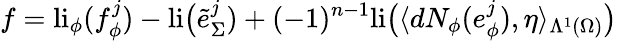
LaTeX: f=\mathrm{li}_{\phi}(f_{\phi}^{j})-\mathrm{li}\big(\tilde{e}_{\Sigma}^{j})+(-1)^{n-1}\mathrm{li}\big(\langle dN_{\phi}(e_{\phi}^{j}),\eta\rangle_{\Lambda^{1}(\Omega)}\big)